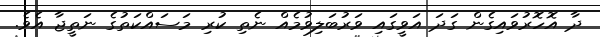
ދާ އޮހޮރުވައިގެން ގަދަ އަވީގައި ވަރުބަލިވުމެއް ނެތި ކުރި މަސައްކަތުގެ ނަތީޖާ އެވެ.